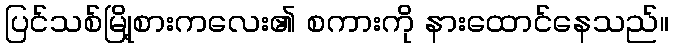
ပြင်သစ်မြို့စားကလေး၏ စကားကို နားထောင်နေသည်။